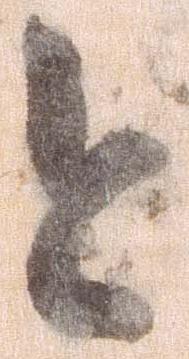
今